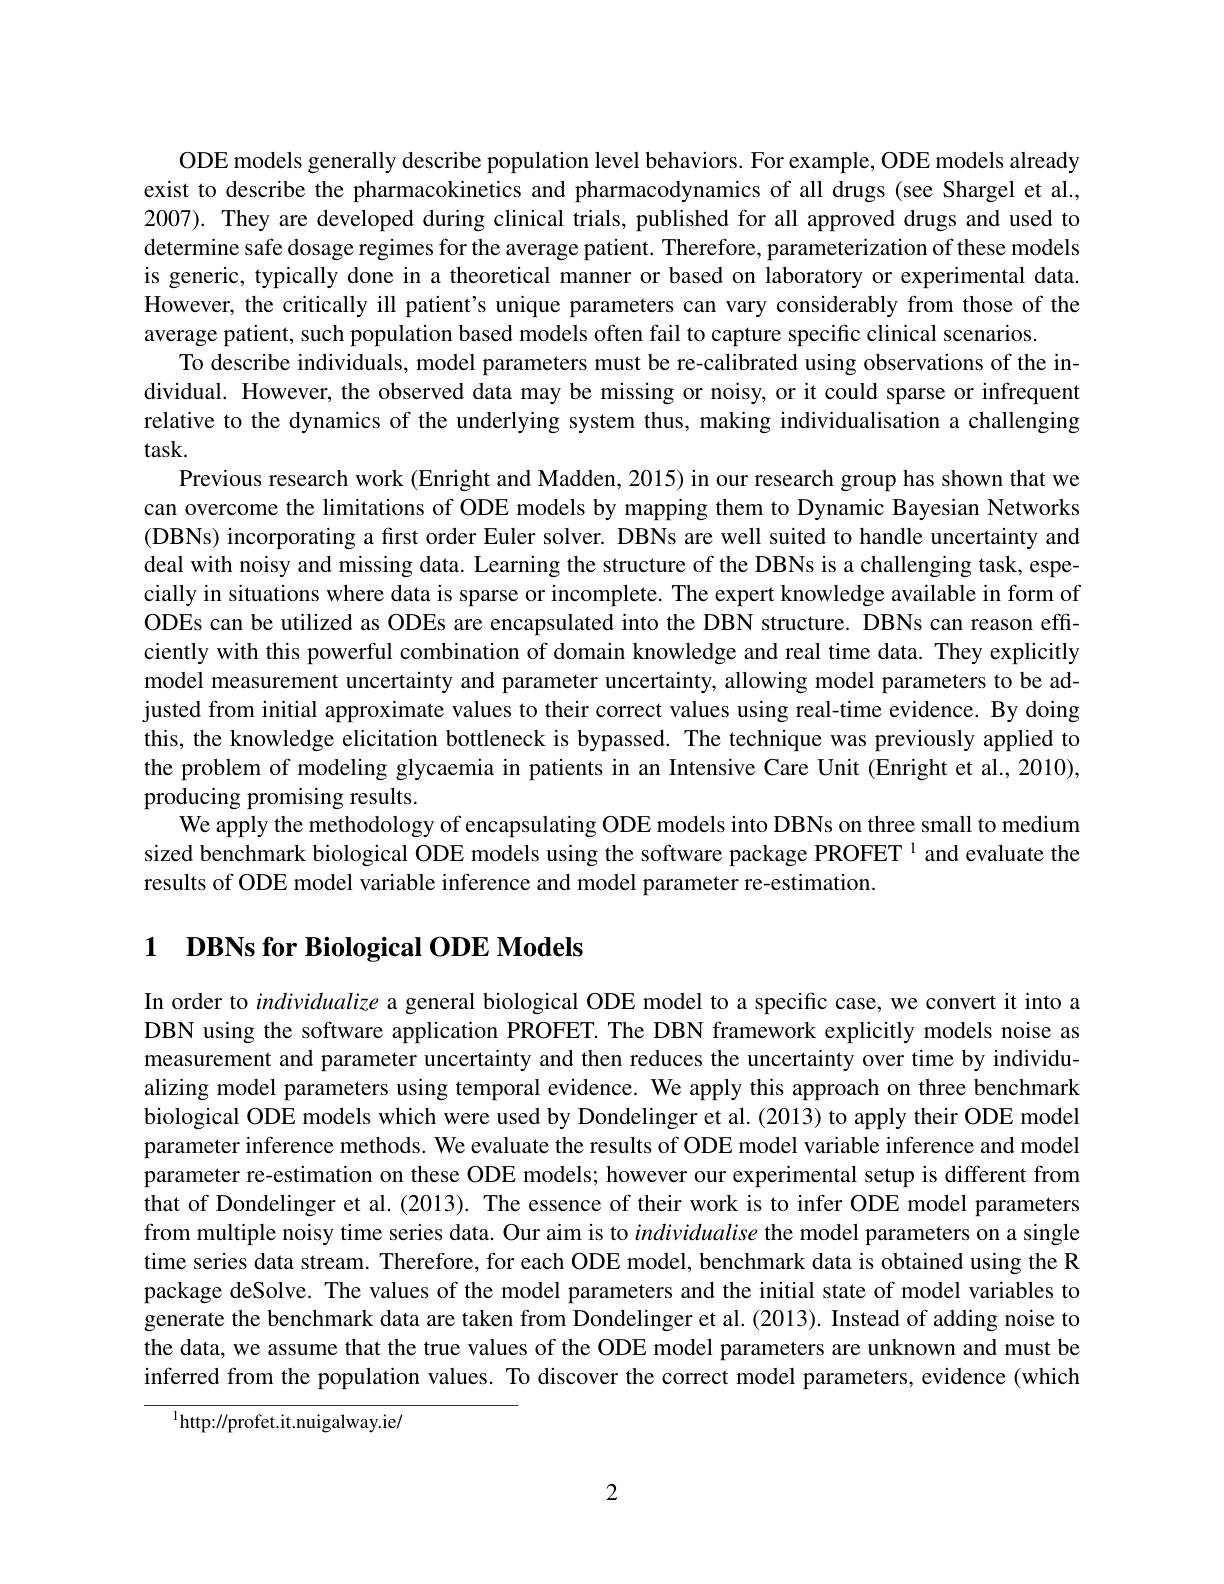
ODE models generally describe population level behaviors. For example, ODE models already exist to describe the pharmacokinetics and pharmacodynamics of all drugs (see Shargel et al., 2007). They are developed during clinical trials, published for all approved drugs and used to determine safe dosage regimes for the average patient. Therefore, parameterization of these models is generic, typically done in a theoretical manner or based on laboratory or experimental data. However, the critically ill patient's unique parameters can vary considerably from those of the average patient, such population based models often fail to capture specific clinical scenarios.
To describe individuals, model parameters must be re-calibrated using observations of the individual. However, the observed data may be missing or noisy, or it could sparse or infrequent relative to the dynamics of the underlying system thus, making individualisation a challenging task.
Previous research work (Enright and Madden, 2015) in our research group has shown that we can overcome the limitations of ODE models by mapping them to Dynamic Bayesian Networks (DBNs) incorporating a first order Euler solver. DBNs are well suited to handle uncertainty and deal with noisy and missing data. Learning the structure of the DBNs is a challenging task, especially in situations where data is sparse or incomplete. The expert knowledge available in form of ODEs can be utilized as ODEs are encapsulated into the DBN structure. DBNs can reason effciently with this powerful combination of domain knowledge and real time data. They explicitly model measurement uncertainty and parameter uncertainty, allowing model parameters to be adjusted from initial approximate values to their correct values using real-time evidence. By doing this, the knowledge elicitation bottleneck is bypassed. The technique was previously applied to the problem of modeling glycaemia in patients in an Intensive Care Unit (Enright et al., 2010), producing promising results.
We apply the methodology of encapsulating ODE models into DBNs on three small to medium sized benchmark biological ODE models using the software package PROFET $^{1}$ and evaluate the results of ODE model variable inference and model parameter re-estimation.

# 1 DBNs for Biological ODE Models

In order to individualize a general biological ODE model to a specific case, we convert it into a DBN using the software application PROFET. The DBN framework explicitly models noise as measurement and parameter uncertainty and then reduces the uncertainty over time by individualizing model parameters using temporal evidence. We apply this approach on three benchmark biological ODE models which were used by Dondelinger et al. (2013) to apply their ODE model parameter inference methods. We evaluate the results of ODE model variable inference and model parameter re-estimation on these ODE models; however our experimental setup is different from that of Dondelinger et al.(2013). The essence of their work is to infer ODE model parameters from multiple noisy time series data. Our aim is to individualise the model parameters on a single time series data stream. Therefore, for each ODE model, benchmark data is obtained using the R package deSolve. The values of the model parameters and the initial state of model variables to generate the benchmark data are taken from Dondelinger et al. (2013). Instead of adding noise to the data, we assume that the true values of the ODE model parameters are unknown and must be inferred from the population values. To discover the correct model parameters, evidence (which

$^{1}$http://profet.it.nuigalway.ie/

2